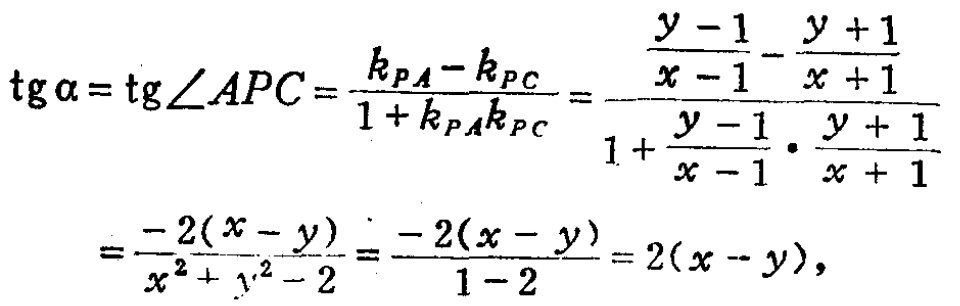
\[\begin{align*}
\mathrm{tg}\alpha&=\mathrm{tg}\angle APC=\frac{k_{PA}-k_{PC}}{1 + k_{PA}k_{PC}}=\frac{\frac{y - 1}{x - 1}-\frac{y + 1}{x + 1}}{1+\frac{y - 1}{x - 1}\cdot\frac{y + 1}{x + 1}}\\
&=\frac{-2(x - y)}{x^{2}+y^{2}-2}=\frac{-2(x - y)}{1 - 2}=2(x - y),
\end{align*}\]